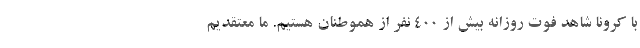
با کرونا شاهد فوت روزانه بیش از 400 نفر از هموطنان هستیم. ما معتقدیم